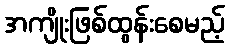
အကျိုးဖြစ်ထွန်းစေမည့်